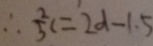
\therefore \frac { 2 } { 5 } c = 2 d - 1 . 5